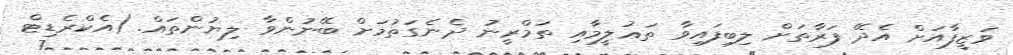
ވަޒީފާއަށް އެދޭ ފަރާތަށް ލިބިފައިވާ ތަޢުލީމާއި ތަމްރީނު ދެނެގަތުމަށް ބޭނުންވާ ލިޔުންތައް. (އެކްރެޑިޓް